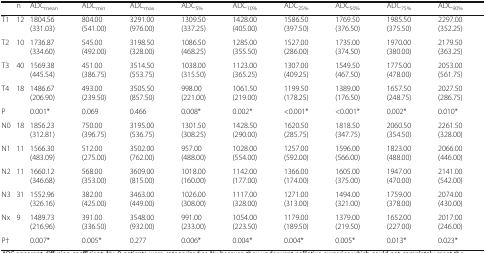
<table><thead><tr><td>[EMPTY_CELL]</td><td><b>n</b></td><td><b>ADC<sub>mean</sub></b></td><td><b>ADC<sub>min</sub></b></td><td><b>ADC<sub>max</sub></b></td><td><b>ADC<sub>5%</sub></b></td><td><b>ADC<sub>10%</sub></b></td><td><b>ADC<sub>25%</sub></b></td><td><b>ADC<sub>50%</sub></b></td><td><b>ADC<sub>75%</sub></b></td><td><b>ADC<sub>90%</sub></b></td></tr></thead><tbody><tr><td>T1</td><td>12</td><td>1804.56 (331.03)</td><td>804.00 (541.00)</td><td>3291.00 (976.00)</td><td>1309.50 (337.25)</td><td>1428.00 (405.00)</td><td>1586.50 (397.50)</td><td>1769.50 (376.50)</td><td>1985.50 (375.50)</td><td>2297.00 (352.25)</td></tr><tr><td>T2</td><td>10</td><td>1736.87 (334.60)</td><td>545.00 (492.00)</td><td>3198.50 (328.00)</td><td>1086.50 (468.25)</td><td>1285.00 (355.50)</td><td>1527.00 (286.00)</td><td>1735.00 (374.50)</td><td>1970.00 (380.00)</td><td>2179.50 (363.25)</td></tr><tr><td>T3</td><td>40</td><td>1569.38 (445.54)</td><td>451.00 (386.75)</td><td>3514.50 (553.75)</td><td>1038.00 (315.50)</td><td>1123.00 (365.25)</td><td>1307.00 (409.25)</td><td>1549.50 (467.50)</td><td>1775.00 (478.00)</td><td>2053.00 (561.75)</td></tr><tr><td>T4</td><td>18</td><td>1486.67 (206.90)</td><td>493.00 (239.50)</td><td>3505.50 (857.50)</td><td>998.00 (221.00)</td><td>1061.50 (219.00)</td><td>1199.50 (178.25)</td><td>1389.00 (176.50)</td><td>1657.50 (248.75)</td><td>2027.50 (286.75)</td></tr><tr><td>P</td><td>[EMPTY_CELL]</td><td>0.001*</td><td>0.069</td><td>0.466</td><td>0.008*</td><td>0.002*</td><td>&lt;0.001*</td><td>&lt;0.001*</td><td>0.002*</td><td>0.010*</td></tr><tr><td>N0</td><td>18</td><td>1856.23 (312.81)</td><td>750.00 (396.75)</td><td>3195.00 (536.75)</td><td>1301.50 (308.25)</td><td>1428.50 (290.00)</td><td>1620.50 (285.75)</td><td>1818.50 (347.75)</td><td>2060.50 (354.50)</td><td>2261.50 (328.00)</td></tr><tr><td>N1</td><td>11</td><td>1566.30 (483.09)</td><td>512.00 (275.00)</td><td>3502.00 (762.00)</td><td>957.00 (488.00)</td><td>1028.00 (554.00)</td><td>1257.00 (592.00)</td><td>1596.00 (566.00)</td><td>1823.00 (488.00)</td><td>2066.00 (446.00)</td></tr><tr><td>N2</td><td>11</td><td>1660.12 (346.68)</td><td>568.00 (353.00)</td><td>3609.00 (815.00)</td><td>1018.00 (160.00)</td><td>1142.00 (177.00)</td><td>1366.00 (174.00)</td><td>1605.00 (375.00)</td><td>1947.00 (470.00)</td><td>2141.00 (542.00)</td></tr><tr><td>N3</td><td>31</td><td>1552.96 (326.16)</td><td>382.00 (425.00)</td><td>3463.00 (449.00)</td><td>1026.00 (308.00)</td><td>1117.00 (328.00)</td><td>1271.00 (313.00)</td><td>1494.00 (321.00)</td><td>1759.00 (378.00)</td><td>2074.00 (430.00)</td></tr><tr><td>Nx</td><td>9</td><td>1489.73 (216.96)</td><td>391.00 (336.50)</td><td>3548.00 (932.00)</td><td>991.00 (233.00)</td><td>1054.00 (223.50)</td><td>1179.00 (189.50)</td><td>1379.00 (219.50)</td><td>1652.00 (227.00)</td><td>2017.00 (246.00)</td></tr><tr><td>P†</td><td>[EMPTY_CELL]</td><td>0.007*</td><td>0.005*</td><td>0.277</td><td>0.006*</td><td>0.004*</td><td>0.004*</td><td>0.005*</td><td>0.013*</td><td>0.023*</td></tr></tbody></table>